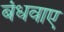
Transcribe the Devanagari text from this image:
बंधवाए